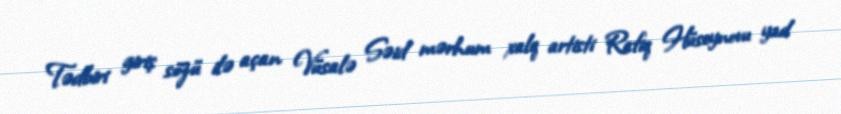
Tədbiri giriş sözü ilə açan Vüsalə Səid mərhum xalq artisti Rafiq Hüseynovu yad